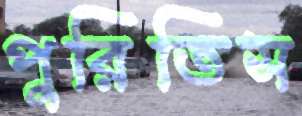
পুরিতিস